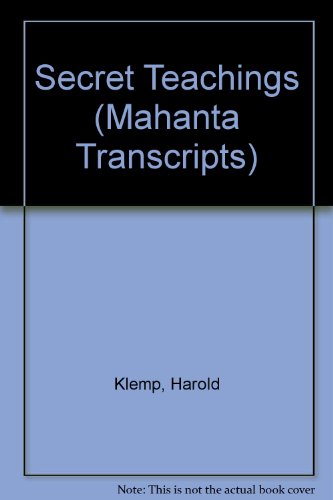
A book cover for The Secret Teachings; Harold Klemp; Religion & Spirituality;